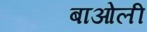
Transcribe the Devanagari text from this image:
बाओली